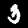
Digit: 3